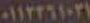
٠١١٢٢٦١٠٣١